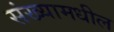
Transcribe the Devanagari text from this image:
संख्यामधील